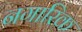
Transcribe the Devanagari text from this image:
नगारिक